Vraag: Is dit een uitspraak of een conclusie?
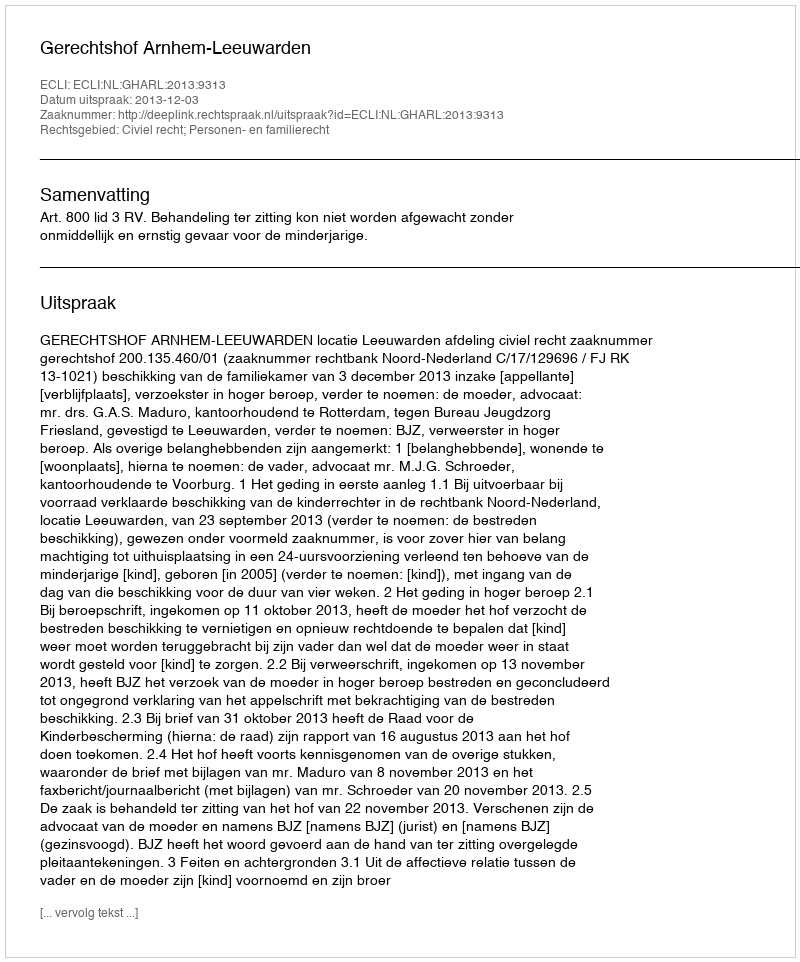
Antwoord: Uitspraak